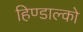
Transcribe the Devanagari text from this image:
हिण्डाल्को